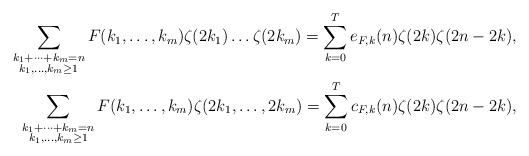
LaTeX: \begin{align*} \sum_{\substack{k_1+\dots+k_m=n\\ k_1,\dots,k_m\ge 1}} F(k_1,\dots,k_m) \zeta(2k_1) \dots\zeta(2k_m)=\sum_{k=0}^{T} e_{F,k}(n) \zeta(2k)\zeta(2n-2k),\\ \sum_{\substack{k_1+\dots+k_m=n\\ k_1,\dots,k_m\ge 1}} F(k_1,\dots,k_m) \zeta(2k_1,\dots,2k_m)=\sum_{k=0}^{T} c_{F,k}(n) \zeta(2k)\zeta(2n-2k),\end{align*}